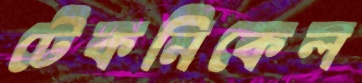
টেকনিকেল